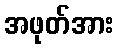
အဖုတ်အား